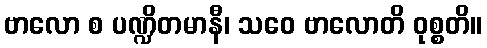
ဗာလော စ ပဏ္ဍိတမာနီ၊ သဝေ ဗာလောတိ ဝုစ္စတိ။